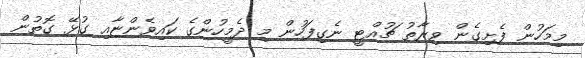
މިމަހުން ފެށިގެން ވިރާތު ޗުއްޓީ ނެގިފަހުން މި ދެމީހުންގެ ކައިވެންޏާއި ގުޅޭ ގޮތުން